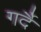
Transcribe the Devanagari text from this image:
गर्दै